Annual administration report of the Civil Veterinary Department, Ajmere-Merwara, British Rajputana - 1914-1940
Year: 1914
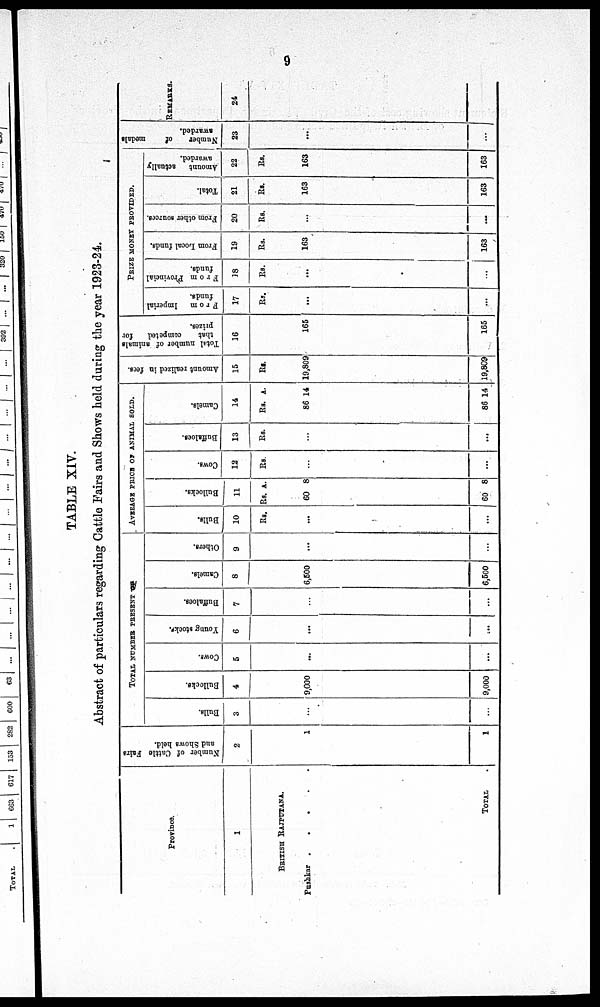
9
TABLE XIV.
Abstract of particulars regarding Cattle Fairs and Shows held during the year 1923-24.
Province.
1
BRITISH RAJPUTANA.
Pushkar .
.
.
.
.
TOTAL
Number of Cattle Fairs
and Shows hold.
2
1
1
TOTAL NUMBER PRESENT
Bulls.
3
...
...
Bullocks.
4
9,000
9,000
Cows.
5
...
...
Young stocks.
6
...
...
Buffaloes.
7
...
...
Camels.
8
6,500
6,500
Others.
9
...
...
AVERAGE PRICE OF ANIMAL SOLD.
Bulls.
10
Rs.
...
...
Bullocks.
11
Rs. A.
60 8
60 8
Cows.
12
Rs.
...
...
Buffaloes.
13
Rs.
...
...
Camels.
14
Rs. A.
86 14
86 14
Amount realized in fees.
15
Rs.
19,809
19,809
Total number of animals
that
competed
for
prizes.
16
165
165
PRIZE MONEY PROVIDED.
From
Imperial
funds.
17
Rs.
...
...
From Provincial
funds.
18
Rs.
...
...
From Local funds.
19
Rs.
163
163
From other sources.
20
Rs.
...
...
Total.
21
Rs.
163
163
Amount
actually
awarded.
22
Rs.
163
163
Number of
medals
awarded.
23
...
...
REMARKS.
24